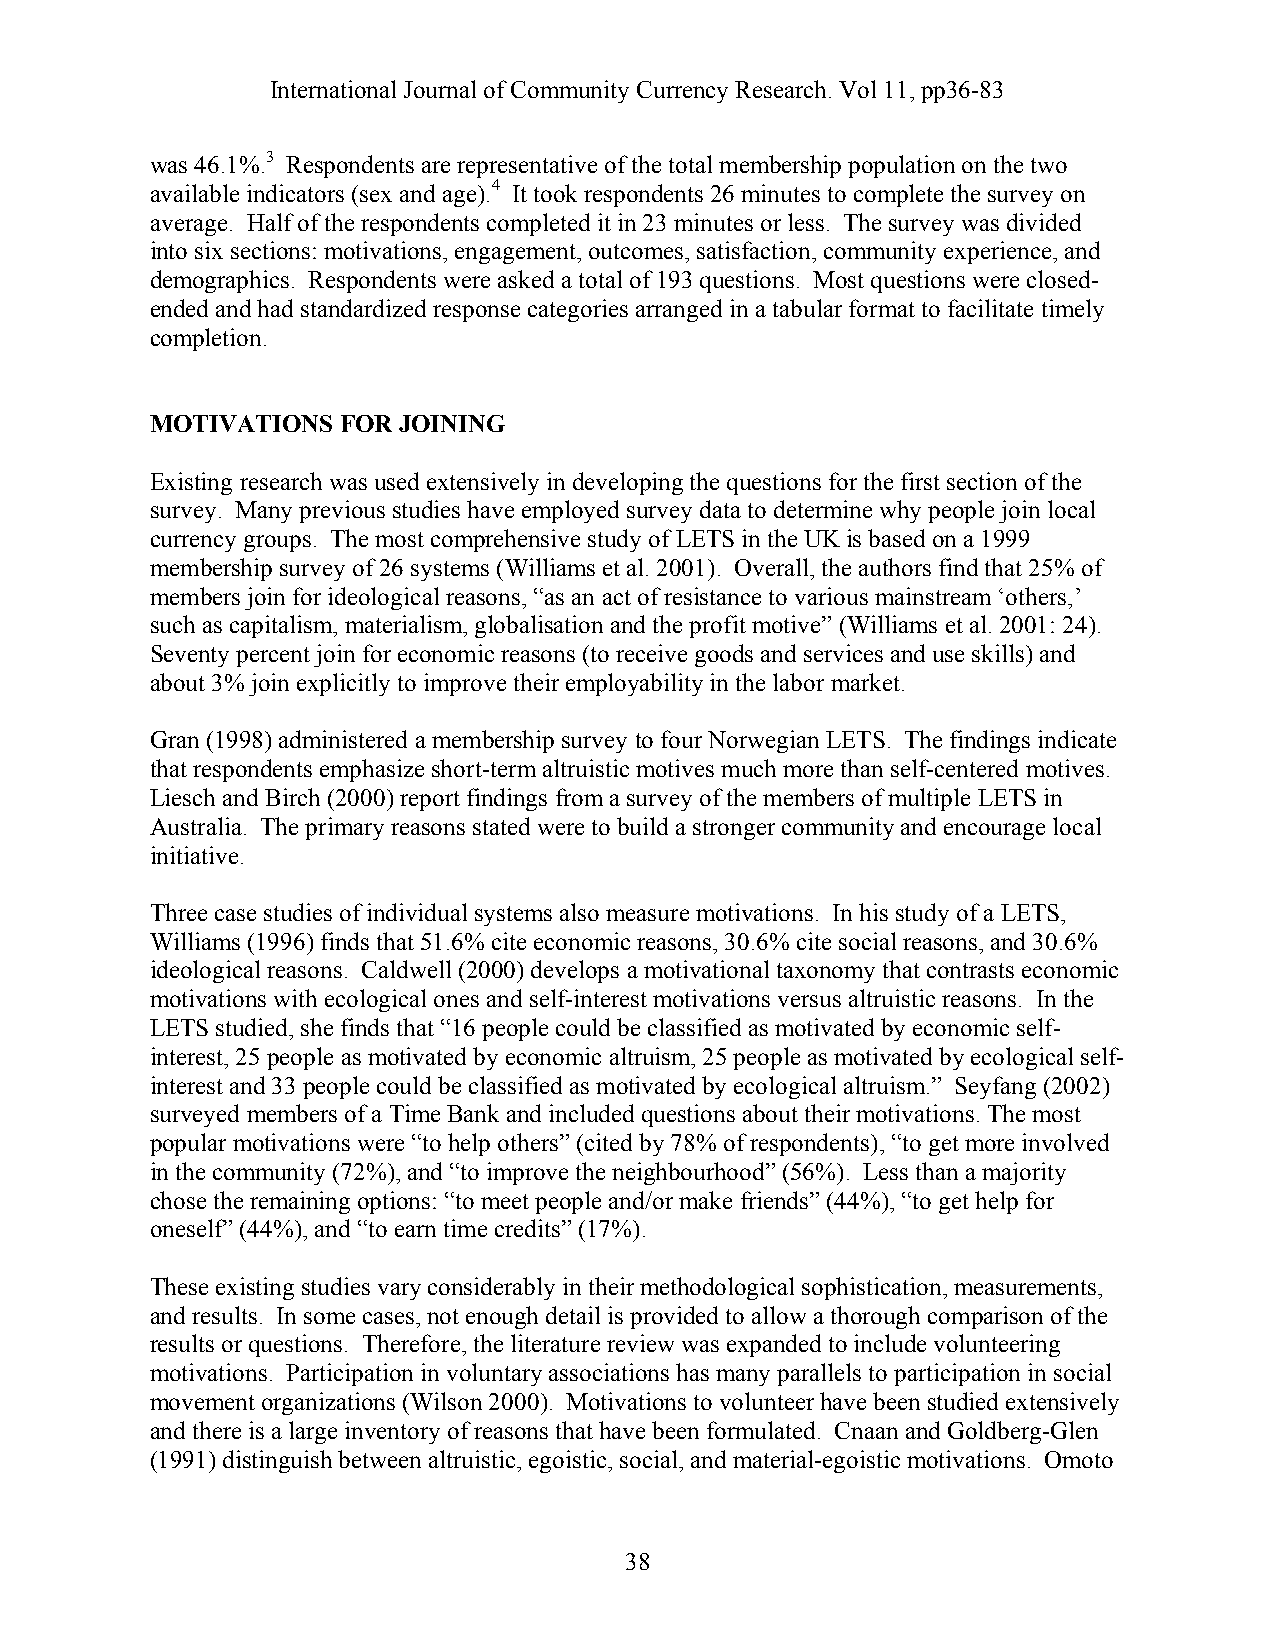
International Journal of Community Currency Research. Vol 11, pp36-83
 was 46.1%.3 Respondents are representative of the total membership population on the two
 available indicators (sex and age).4 It took respondents 26 minutes to complete the survey on
 average. Half of the respondents completed it in 23 minutes or less. The survey was divided
 into six sections: motivations, engagement, outcomes, satisfaction, community experience, and
 demographics. Respondents were asked a total of 193 questions. Most questions were closed-
 ended and had standardized response categories arranged in a tabular format to facilitate timely
 completion.
 MOTIVATIONS FOR JOINING
 Existing research was used extensively in developing the questions for the first section of the
 survey. Many previous studies have employed survey data to determine why people join local
 currency groups. The most comprehensive study of LETS in the UK is based on a 1999
 membership survey of 26 systems (Williams et al. 2001). Overall, the authors find that 25% of
 members join for ideological reasons, “as an act of resistance to various mainstream ‘others,’
 such as capitalism, materialism, globalisation and the profit motive” (Williams et al. 2001: 24).
 Seventy percent join for economic reasons (to receive goods and services and use skills) and
 about 3% join explicitly to improve their employability in the labor market.
 Gran (1998) administered a membership survey to four Norwegian LETS. The findings indicate
 that respondents emphasize short-term altruistic motives much more than self-centered motives.
 Liesch and Birch (2000) report findings from a survey of the members of multiple LETS in
 Australia. The primary reasons stated were to build a stronger community and encourage local
 initiative.
 Three case studies of individual systems also measure motivations. In his study of a LETS,
 Williams (1996) finds that 51.6% cite economic reasons, 30.6% cite social reasons, and 30.6%
 ideological reasons. Caldwell (2000) develops a motivational taxonomy that contrasts economic
 motivations with ecological ones and self-interest motivations versus altruistic reasons. In the
 LETS studied, she finds that “16 people could be classified as motivated by economic self-
 interest, 25 people as motivated by economic altruism, 25 people as motivated by ecological self-
 interest and 33 people could be classified as motivated by ecological altruism.” Seyfang (2002)
 surveyed members of a Time Bank and included questions about their motivations. The most
 popular motivations were “to help others” (cited by 78% of respondents), “to get more involved
 in the community (72%), and “to improve the neighbourhood” (56%). Less than a majority
 chose the remaining options: “to meet people and/or make friends” (44%), “to get help for
 oneself” (44%), and “to earn time credits” (17%).
 These existing studies vary considerably in their methodological sophistication, measurements,
 and results. In some cases, not enough detail is provided to allow a thorough comparison of the
 results or questions. Therefore, the literature review was expanded to include volunteering
 motivations. Participation in voluntary associations has many parallels to participation in social
 movement organizations (Wilson 2000). Motivations to volunteer have been studied extensively
 and there is a large inventory of reasons that have been formulated. Cnaan and Goldberg-Glen
 (1991) distinguish between altruistic, egoistic, social, and material-egoistic motivations. Omoto
 38